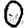
Digit: 0